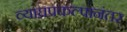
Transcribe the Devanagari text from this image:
व्याघ्रप्रकल्पानंतर